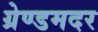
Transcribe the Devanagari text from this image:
ग्रेण्डमदर